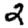
Digit: 2